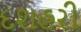
દશહરી